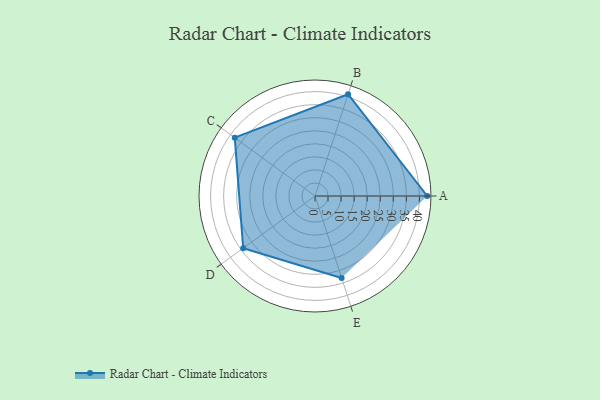
{"axis": {"x": "Skill", "y": "Score"}, "legend": ["Profile"], "data": [{"x": "A", "y": 43.0, "type": "Profile"}, {"x": "B", "y": 41.0, "type": "Profile"}, {"x": "C", "y": 38.0, "type": "Profile"}, {"x": "D", "y": 34.0, "type": "Profile"}, {"x": "E", "y": 33.0, "type": "Profile"}]}